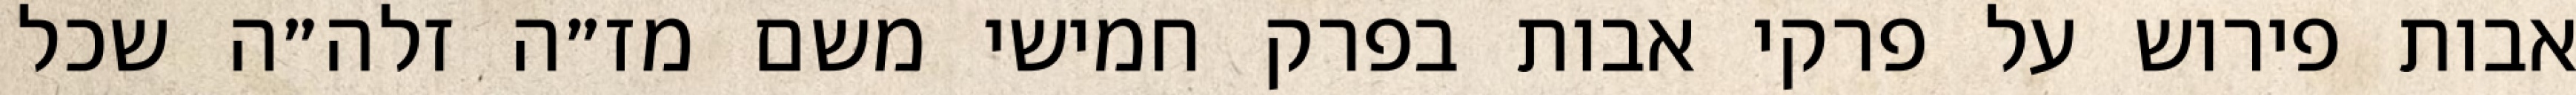
אבות פירוש על פרקי אבות בפרק חמישי משם מז״ה זלה״ה שכל